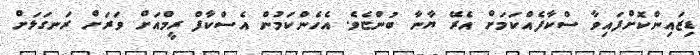
ޑިޒައިންކޮށްފައިވާ ސްކާފެއްކަމަށް އެރޭ ޔާނާ ބުންޏެވެ. އެހެންކަމުން އެސްކާފް ރީމްއަށް ވަރަށް ރަނގަޅަށް